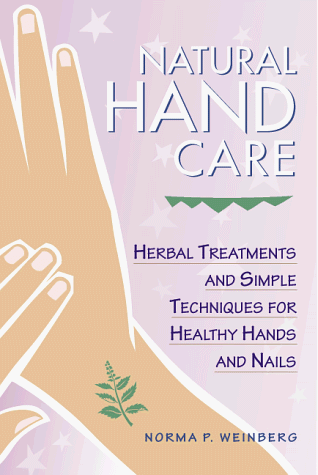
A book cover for Natural Hand Care: Herbal Treatments and Simple Techniques for Healthy Hands and Nails; Norma Pasekoff Weinberg; Health, Fitness & Dieting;